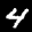
Label: 4